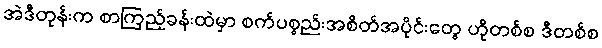
အဲဒီတုန်းက စာကြည့်ခန်းထဲမှာ စက်ပစ္စည်းအစိတ်အပိုင်းတွေ ဟိုတစ်စ ဒီတစ်စ